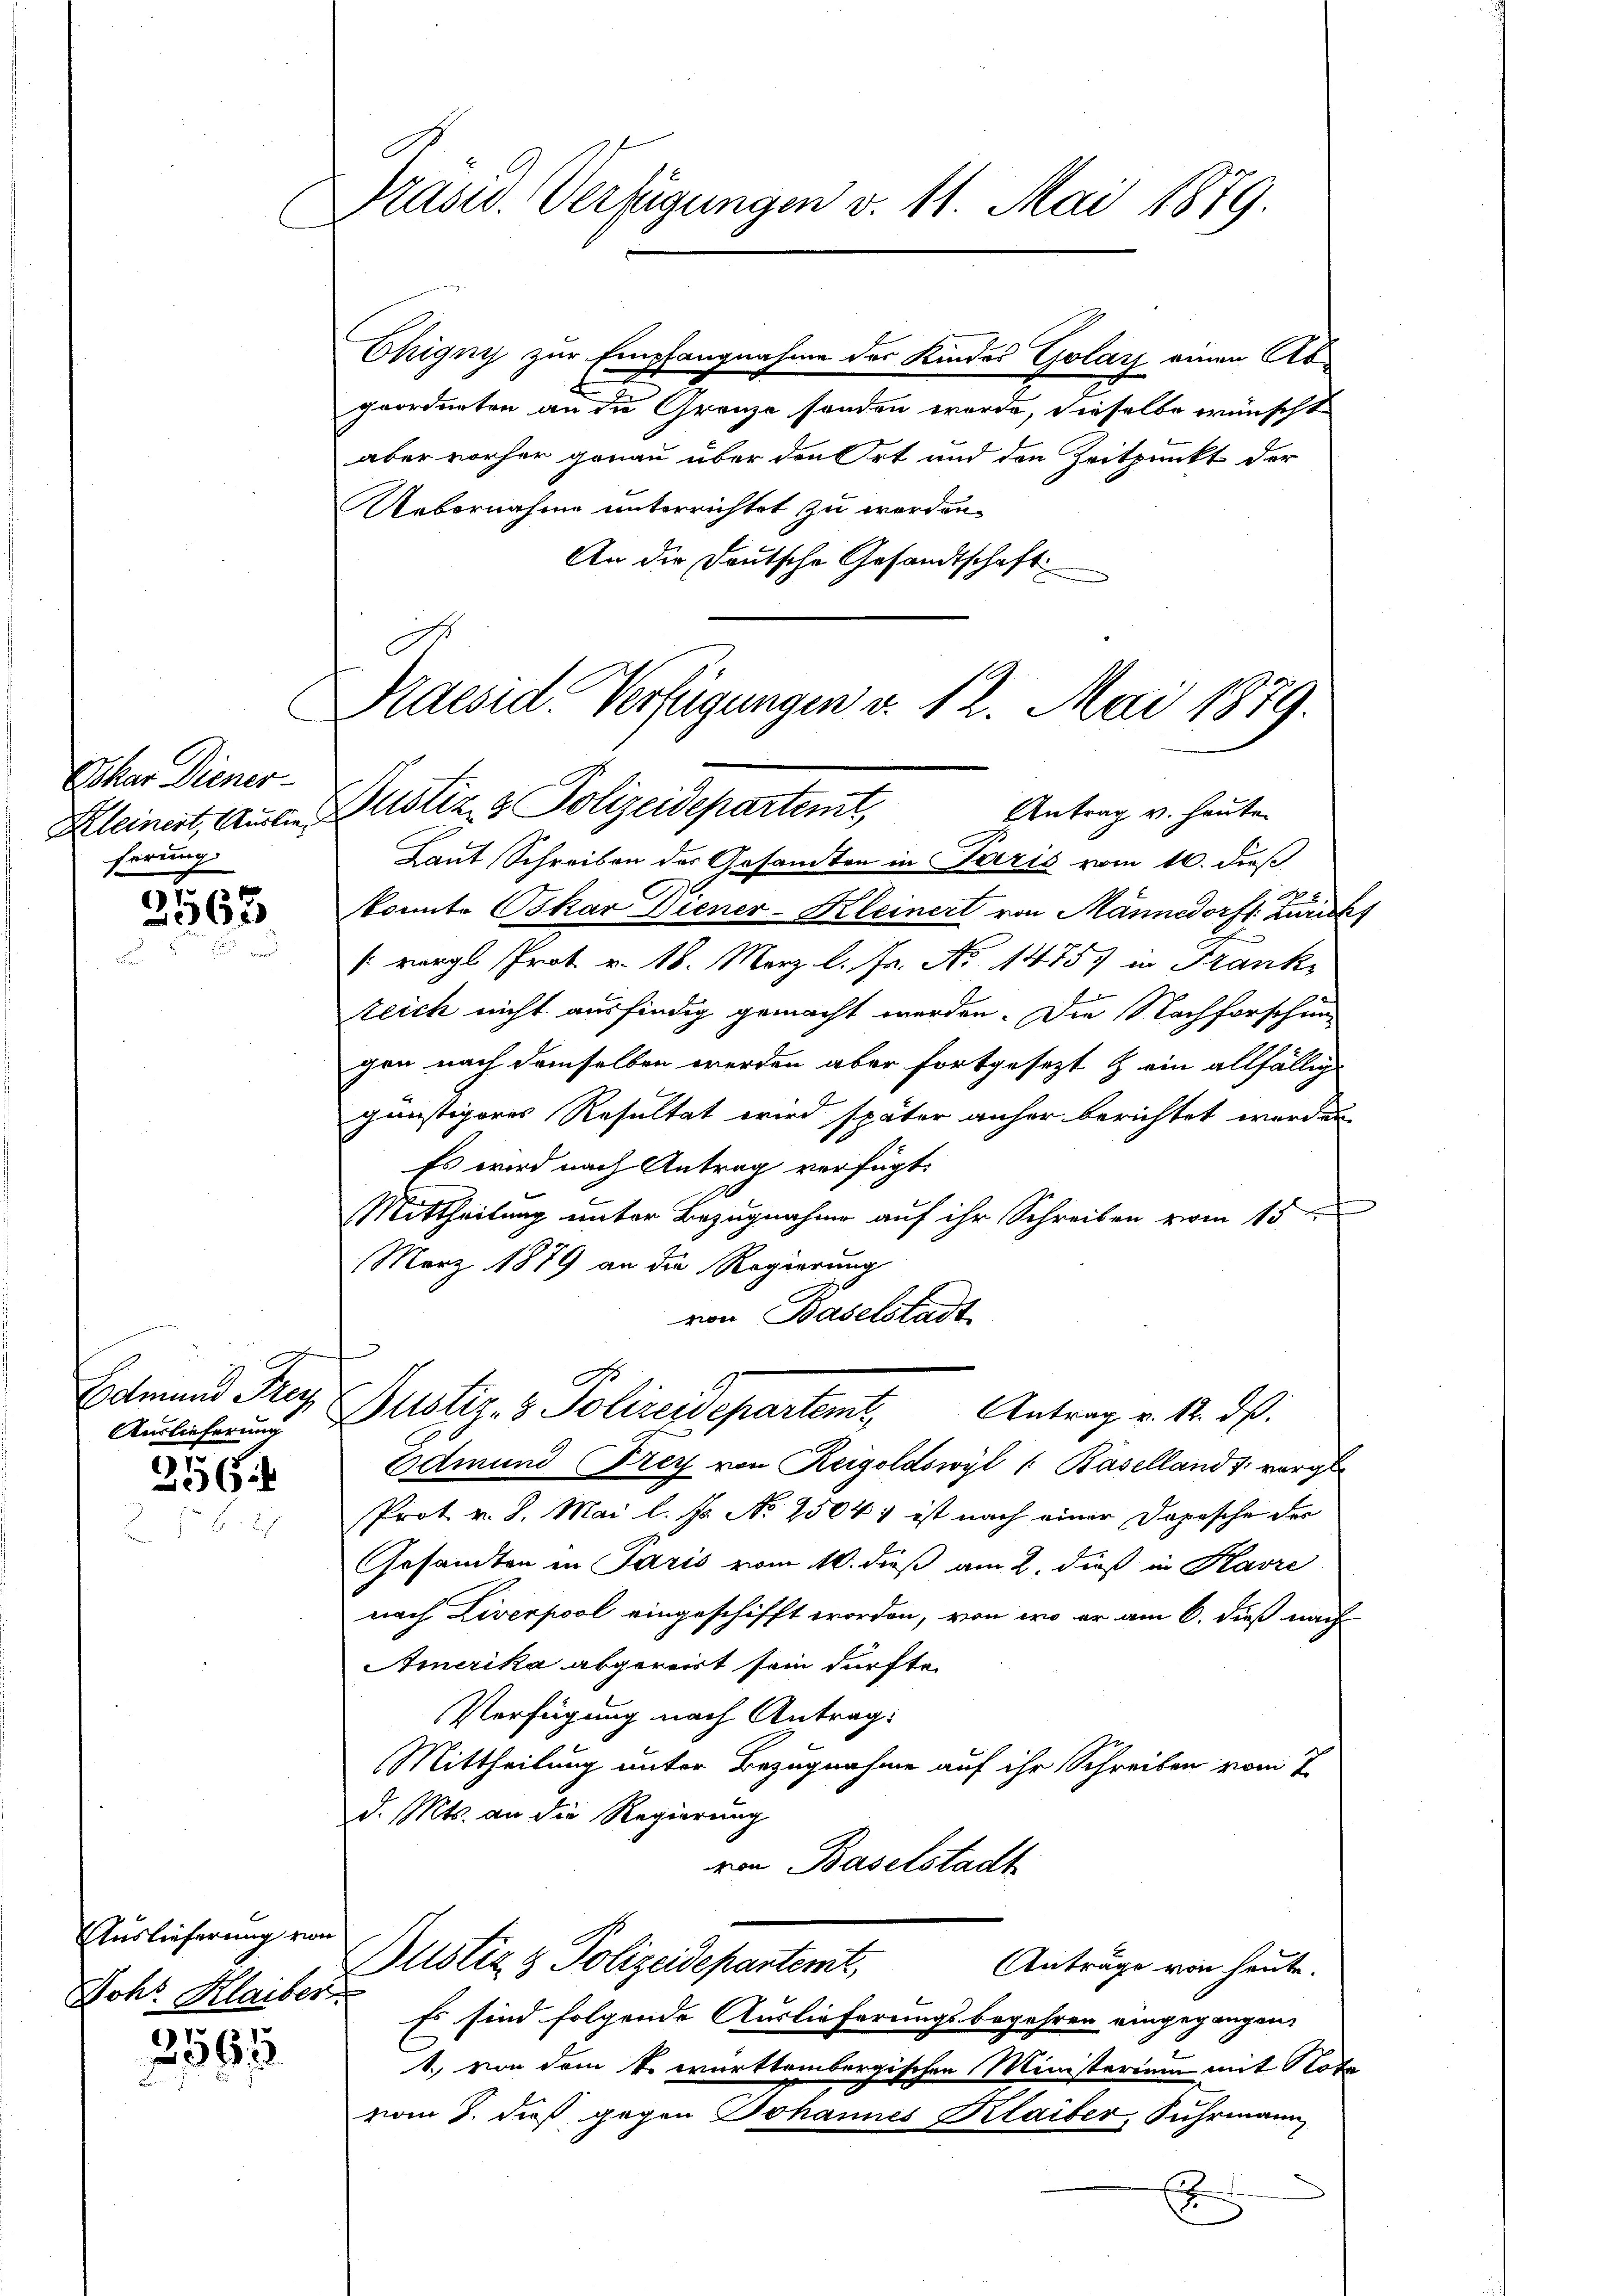
Ehar Diener
Kleinert, Auslieferung

2563

Edmund Frey
Auslieferung

256.

Auslieferung von

3565

Präsid. Verfügungen v. 11. Mai 1819.

Ohignis zur Empfangnahme des Kindes Golay einen Abgeordneten an die Grenze sonden werde, dieselbe wünscht
aber vorher genau über den Ort und den Zeitpunkt der
Uebernahme unterrichtet zu worden.
An die Deutsche Gesandtschaft
Praesid. Verfügungen v. 12. Mai 1879.

Justiz & Polizeidepartemt,
Antrag v. heute

Laut Schreiben des Gesandten in Paris vom 16. dieß
konnte Oskar Diener-Kleinert von Männedorf: Zurichs
" vergl. Prot v. 18. März l. Fr. No 14757 in Frank¬
Zeich nicht ausfindig gemacht werden. Die Nachforschung
gen nach demselben werden aber fortgesezt & ein allfällig
günstigeres Resultat wird später anher berichtet worden,
Es wird nach Antrag verfügt:
Mittheilung unter Bezugnahme auf ihr Schreiben vom 15ten
März 1879 an die Regierung
von Baselstadt
Odmund Frey von Reigoldswyl ( Baselland u. vorge
Prot v. 8. Mai l. Js. No 25047 ist nach einer Dopische der
Gesandten in Paris vom 10. dieß am 2. dieß in Havre
nach Liverpool eingeschifft worden, von wo er am 6. dieß nach
Amerika abgereist sein dürfte.
Verfügung nach Antrag:
Mittheilung unter Bezugnahme auf ihr Schreiben vom 7.
d. Mts. an die Regierung
von Baselstadt
Bustiz & Polizeidepartemt,
Anträge von heute.
Johr. Klaiber so sind folgende Auslieferungsbegehren eingegangen,
1., von dem k. württembergischen Ministerium mit Nota
vom 8. dieß gegen Johannes Klaiber, Fuhrmann,
Ex

Dustiz- & Polizeideparten,
Antrag v. 12. dß.